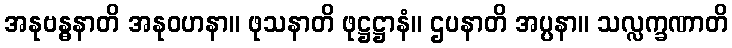
အနုဗန္ဓနာတိ အနုဝဟနာ။ ဖုသနာတိ ဖုဋ္ဌဋ္ဌာနံ။ ဌပနာတိ အပ္ပနာ။ သလ္လက္ခဏာတိ